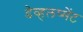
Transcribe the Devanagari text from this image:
डेव्हलप्मेंट